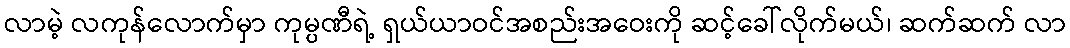
လာမဲ့ လကုန်လောက်မှာ ကုမ္ပဏီရဲ့ ရှယ်ယာဝင်အစည်းအဝေးကို ဆင့်ခေါ်လိုက်မယ်၊ ဆက်ဆက် လာ